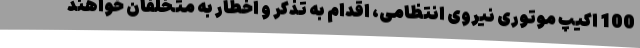
100 اکیپ موتوری نیروی انتظامی، اقدام به تذکر و اخطار به متخلفان خواهند